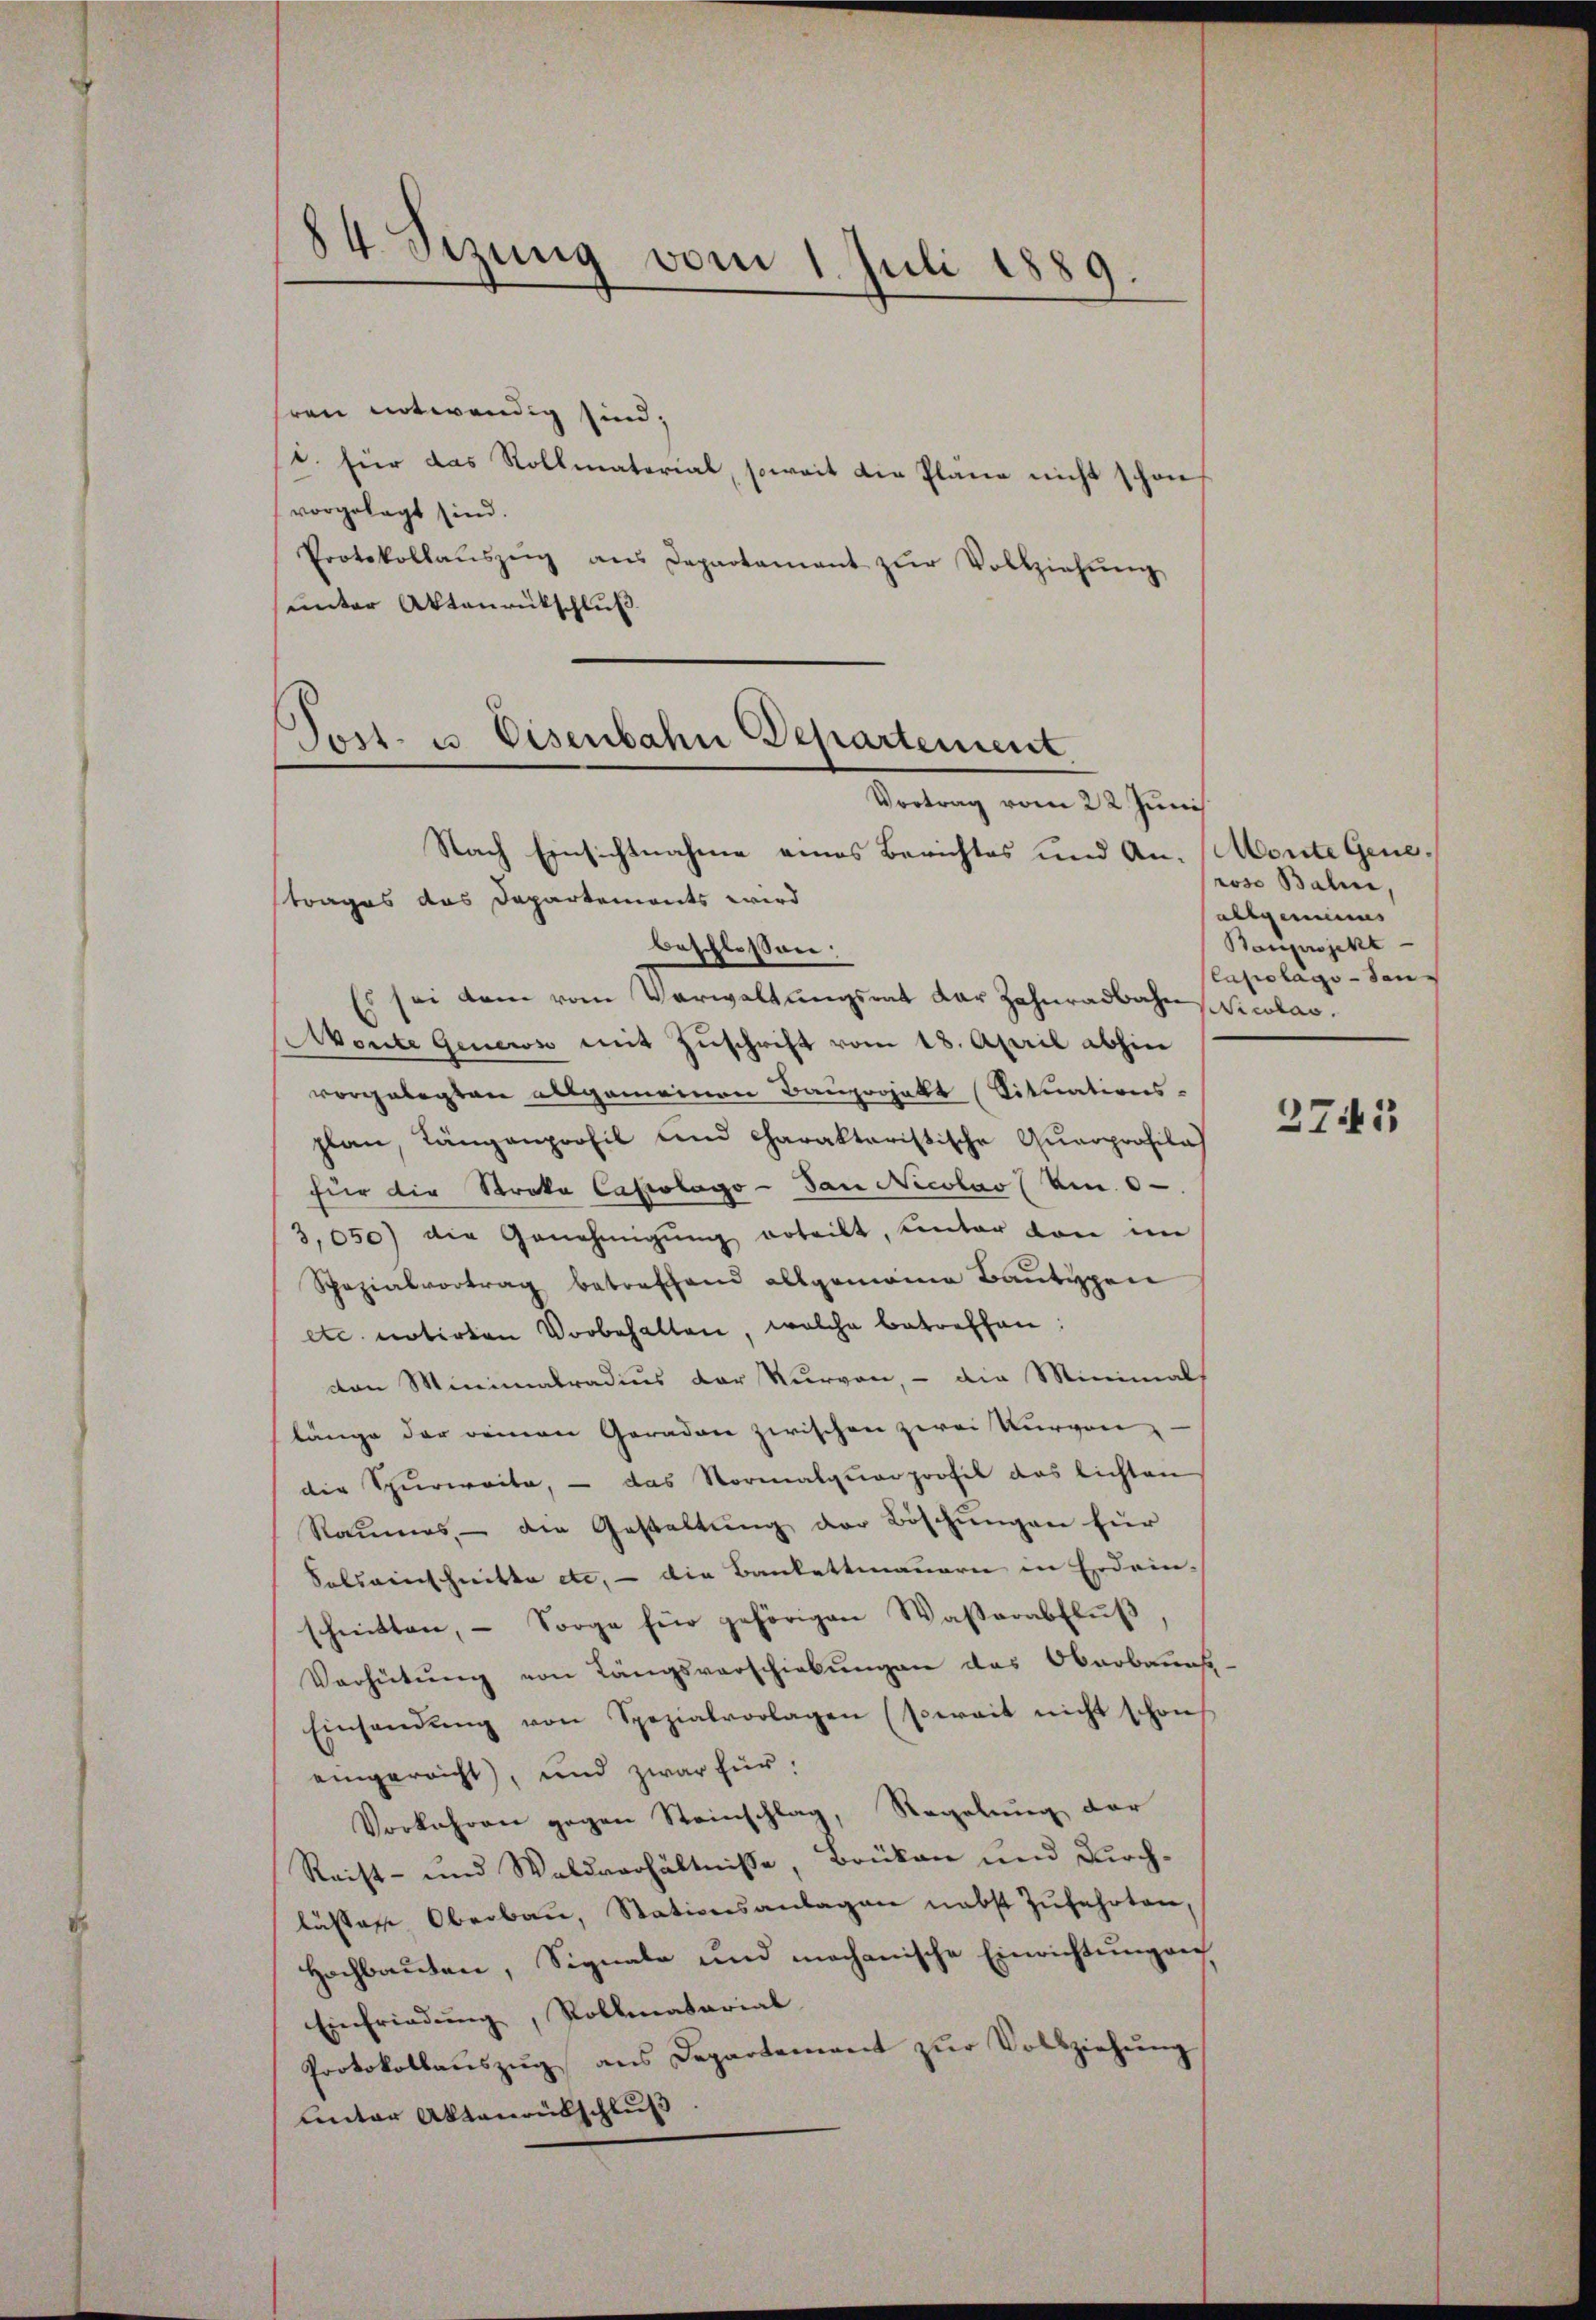
84. Sizung vom 1. Juli 1889.

ren notwendig sind;
1. für das Rollmaterial, soweit die Plane nicht schon
vorgelegt sind.
Protokollaŭszŭg ans Departamant zŭr Vollziehŭng
unter Aktenrückschluß

Post- u. Eisenbahn Departement
Vortrag vom 22 Juni

Nach Einsichtnahme eines Berichtes und An- Monte Genetrages das Departements wird
beschlossen:
Es sei dem vom Verwaltŭngsrat der Zahnradbahn Nicolasonte Geners mit Zuschrift vom 18. April abhin
vorgelegten allgemeinen Bauprojekt (Situations-
plan, Längenprofil und Charaktaristische Quarprofilah
für die Stroka Capsolago- San Nicolas (Um 0
3,050) die Genehmigŭng erteilt, unter von im
Schazialvortrag betreffend allgemeine Bautypen
etc. notirten Vorbehalten, welche betreffen:
den Minimatradius der Kurven, - die Minimals
länge der Deinen Geradere zwischen zwei Kurven
die Spurweite, - das Normalquarprofit das lichten
Raumes, die Gestaltung der Böschungen für
Salseinschnitte etc. – die Bankettmauern in Erdrinschnitten, – Sorge für gehörigen Wasserabflŭβ
Verhütung von Längsverschiebungen das Oberbauen.
Einsandŭng von Spezialvorlagen (soweit nicht schon
eingereicht), und zwar für:
Vorkehren gegen Steinschlag, Regelŭng der
Reist- und Waldverhältnisse, Brüken und Durchlüssene Oberbau, Stationsanlagen nebst Zufahrten,
Hochbauten, Signale und mechanische Einrichtungen
Einfriedung, Rollenatarial
Protokollaŭszŭg ans Departement zŭr Vollziehŭng
unter Aktenrübschluß

roso Baline
Allgemeins
Bauprojekt
Capolags-San

2741